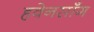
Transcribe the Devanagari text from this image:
हवेनसाँग